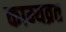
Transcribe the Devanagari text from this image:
काम्यव्रत